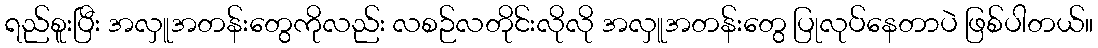
ရည်စူးပြီး အလှူအတန်းတွေကိုလည်း လစဉ်လတိုင်းလိုလို အလှူအတန်းတွေ ပြုလုပ်နေတာပဲ ဖြစ်ပါတယ်။